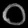
Digit: ၀